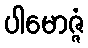
ပါမောဇ္ဇံ